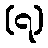
(၇)